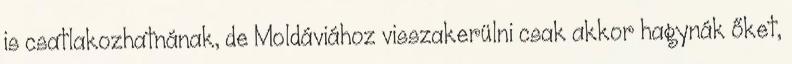
is csatlakozhatnának, de Moldáviához visszakerülni csak akkor hagynák őket,